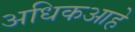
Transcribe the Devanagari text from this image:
अधिकआहे